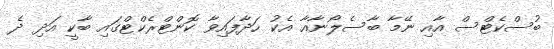
ބުސްކެޓްސް އާއި ނޭމާ ބާސެލޯނާއާ އެކު ހަދާފައިވާ ކޮންޓްރެކްޓްގައި ބާކީ އަދި ދެ